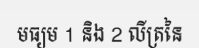
មធ្យម 1 និង 2 លីត្រនៃ